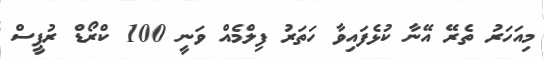
މިއަހަރު ތެރޭ އޭނާ ކުޅެފައިވާ ހަތަރު ފިލްމެއް ވަނީ 100 ކްރޯޑް ރުޕީސް